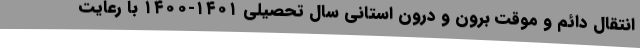
انتقال دائم و موقت برون و درون استانی سال تحصیلی ۱۴۰۱-۱۴۰۰ با رعایت